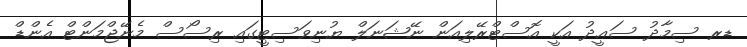
ޑރ ސިމާދު ސަޢީދު އަކީ އޮސްޓްރޭލިއަން ނޭޝަނަލް ޔުނިވަސިޓީގައި ރިސޯސް މެނޭޖްމަންޓް އެންޑް